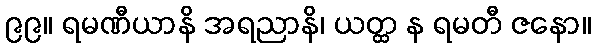
၉၉။ ရမဏီယာနိ အရညာနိ၊ ယတ္ထ န ရမတီ ဇနော။